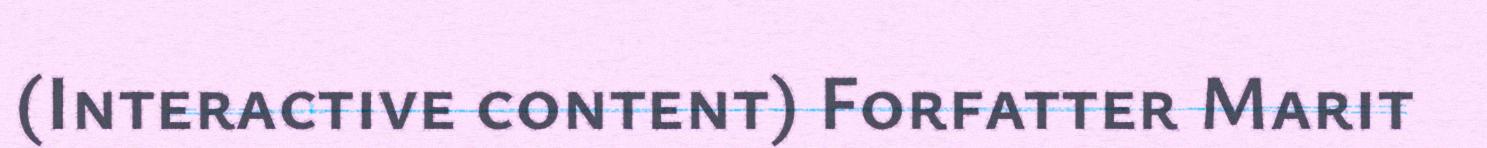
(Interactive content) Forfatter Marit